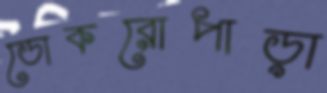
ডোকরোপাড়া